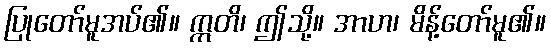
ပြုတော်မူအပ်၏။ ဣတိ၊ ဤသို့။ အာဟ၊ မိန့်တော်မူ၏။